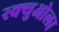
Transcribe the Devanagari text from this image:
स्क्युओला